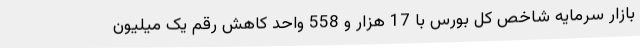
بازار سرمایه شاخص کل بورس با 17 هزار و 558 واحد کاهش رقم یک میلیون